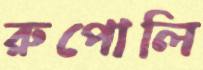
রুপোলি